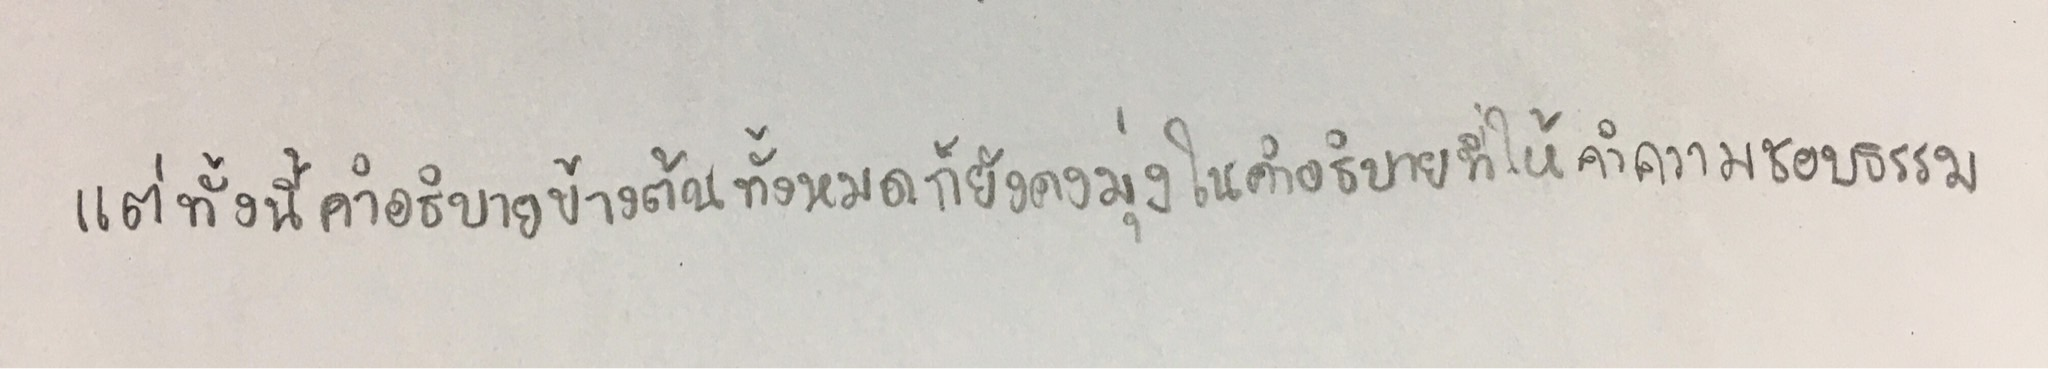
แต่ทั้งนี้คำอธิบายข้างต้นทั้งหมดก็ยังคงมุ่งในคำอธิบายที่ให้คำความชอบธรรม